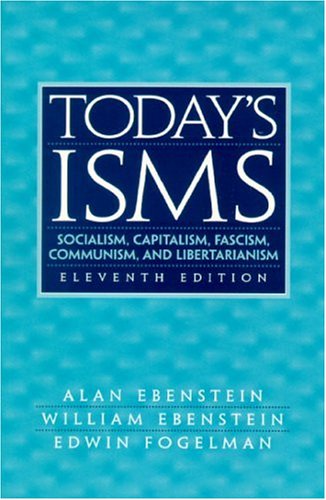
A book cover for Today's ISMS: Socialism, Capitalism, Fascism, Communism, and Libertarianism (11th Edition); Alan Ebenstein; Business & Money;